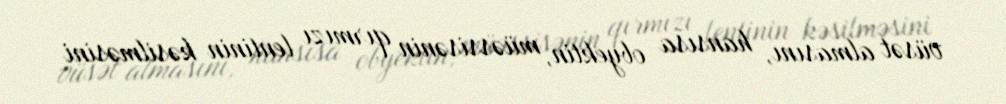
vüsət almasını, hansısa obyektin, müəssisənin qırmızı lentinin kəsilməsini